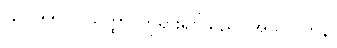
(ပေ-၅၅၀) သတ္ထာ၊ ဘုရားရှင်သည်။ အသုဝလာနိ၊